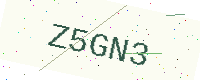
Text: Z5GN3